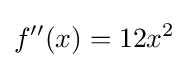
f''(x)=12x^{2}